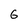
Character: 6